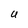
Character: U